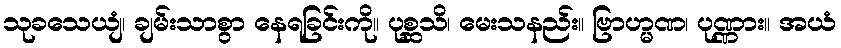
သုခသေယျံ၊ ချမ်းသာစွာ နေရခြင်းကို။ ပုစ္ဆသိ၊ မေးသနည်း။ ဗြာဟ္မဏ၊ ပုဏ္ဏား။ အယံ